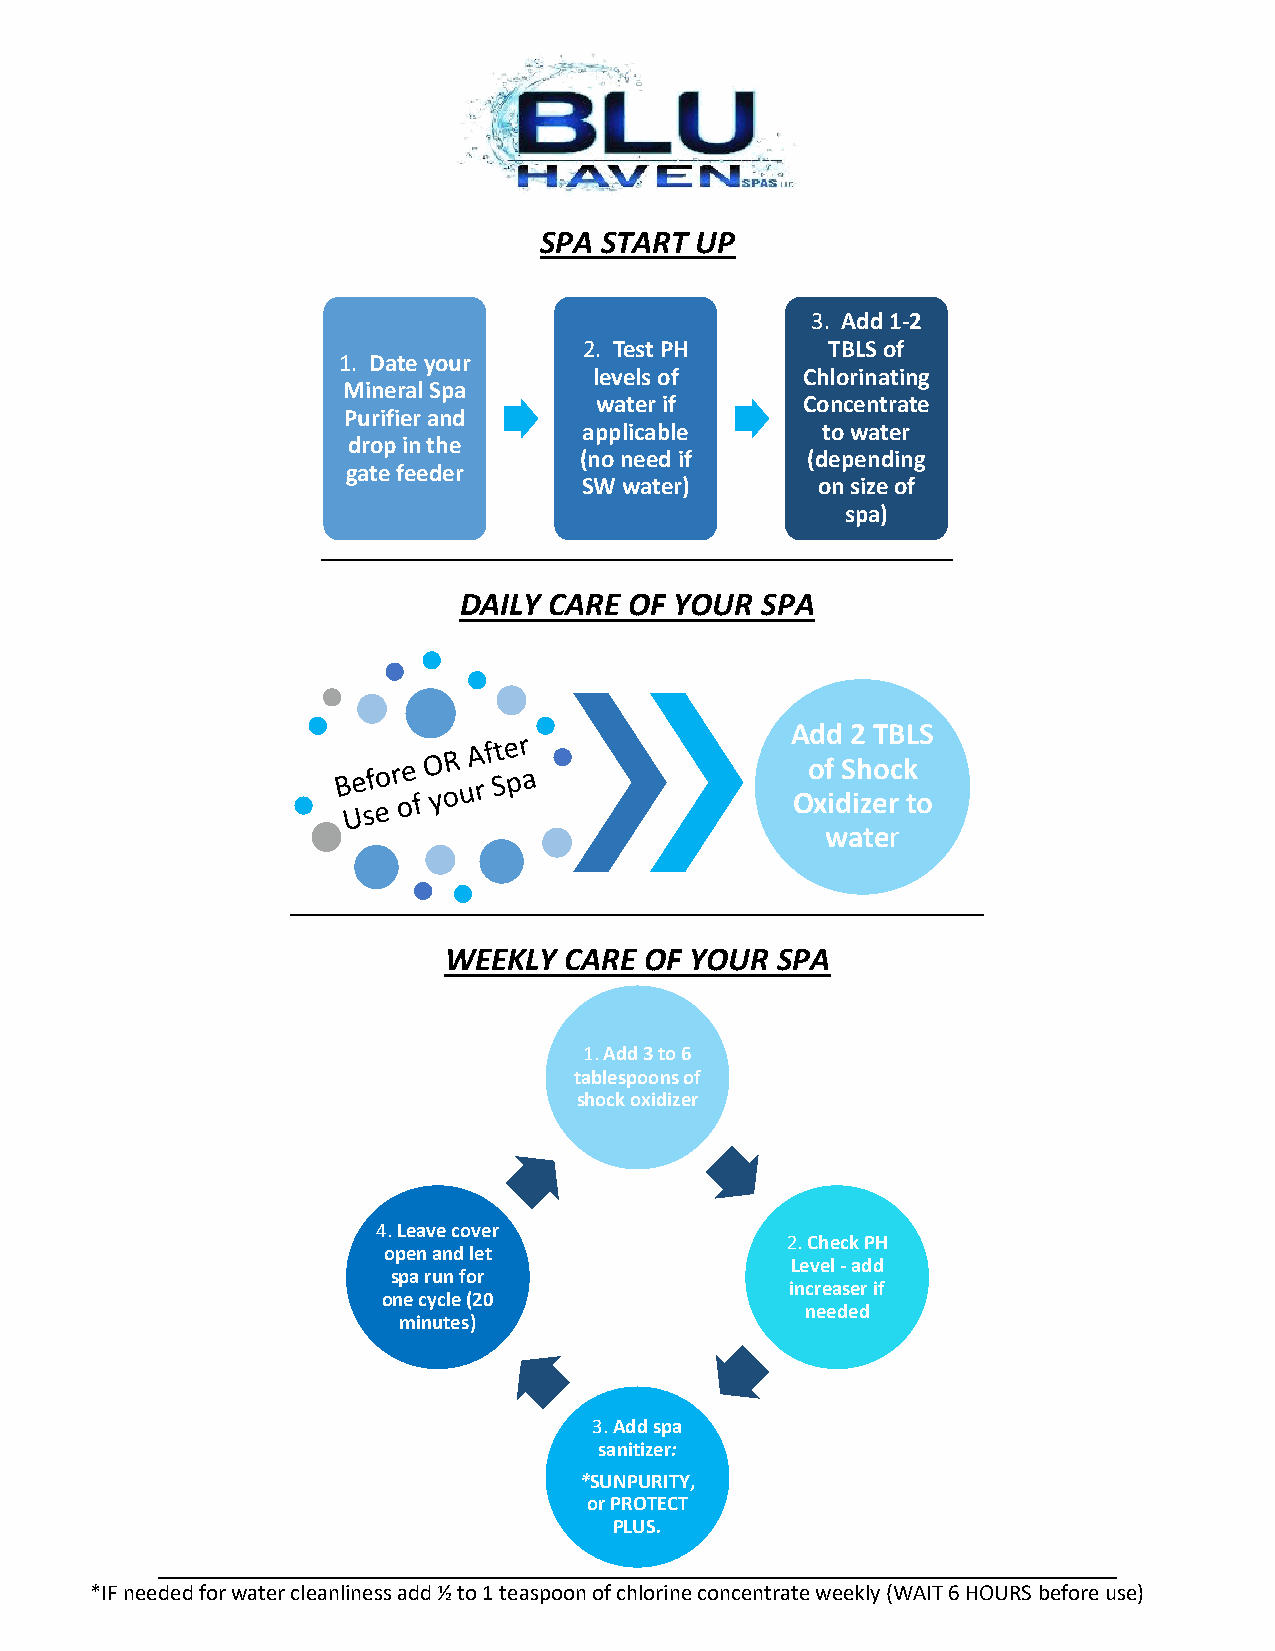
SPA START UP
 3. Add 1-2
 2. Test PH      TBLS of
 1. Date your
 levels of     Chlorinating
 Mineral Spa
 water if      Concentrate
 Purifier and
 applicable     to water
 drop in the
 (no need if    (depending
 gate feeder
 SW water)      on size of
 spa)
 DAILY CARE  OF YOUR SPA
 Add 2 TBLS
 of Shock
 Oxidizer to
 water
 WEEKLY  CARE  OF YOUR SPA
 1. Add3 to 6
 tablespoons of
 shock oxidizer
 4.Leave cover
 2. Check PH
 open and let
 Level -add
 spa run for
 increaser if
 one cycle (20
 needed
 minutes)
 3. Addspa
 sanitizer:
 *SUNPURITY,
 or PROTECT
 PLUS.
 *IF needed for water cleanliness add ½ to 1 teaspoon of chlorine concentrate weekly (WAIT 6 HOURS before use)